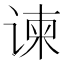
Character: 谏